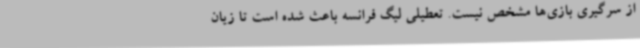
از سرگیری بازی‌ها مشخص نیست. تعطیلی لیگ فرانسه باعث شده است تا زیان